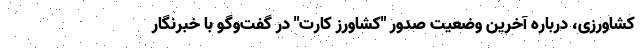
کشاورزی، درباره آخرین وضعیت صدور "کشاورز کارت" در گفت‌وگو با خبرنگار